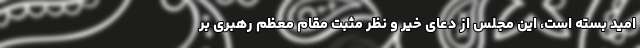
امید بسته است، این مجلس از دعای خیر و نظر مثبت مقام معظم رهبری بر